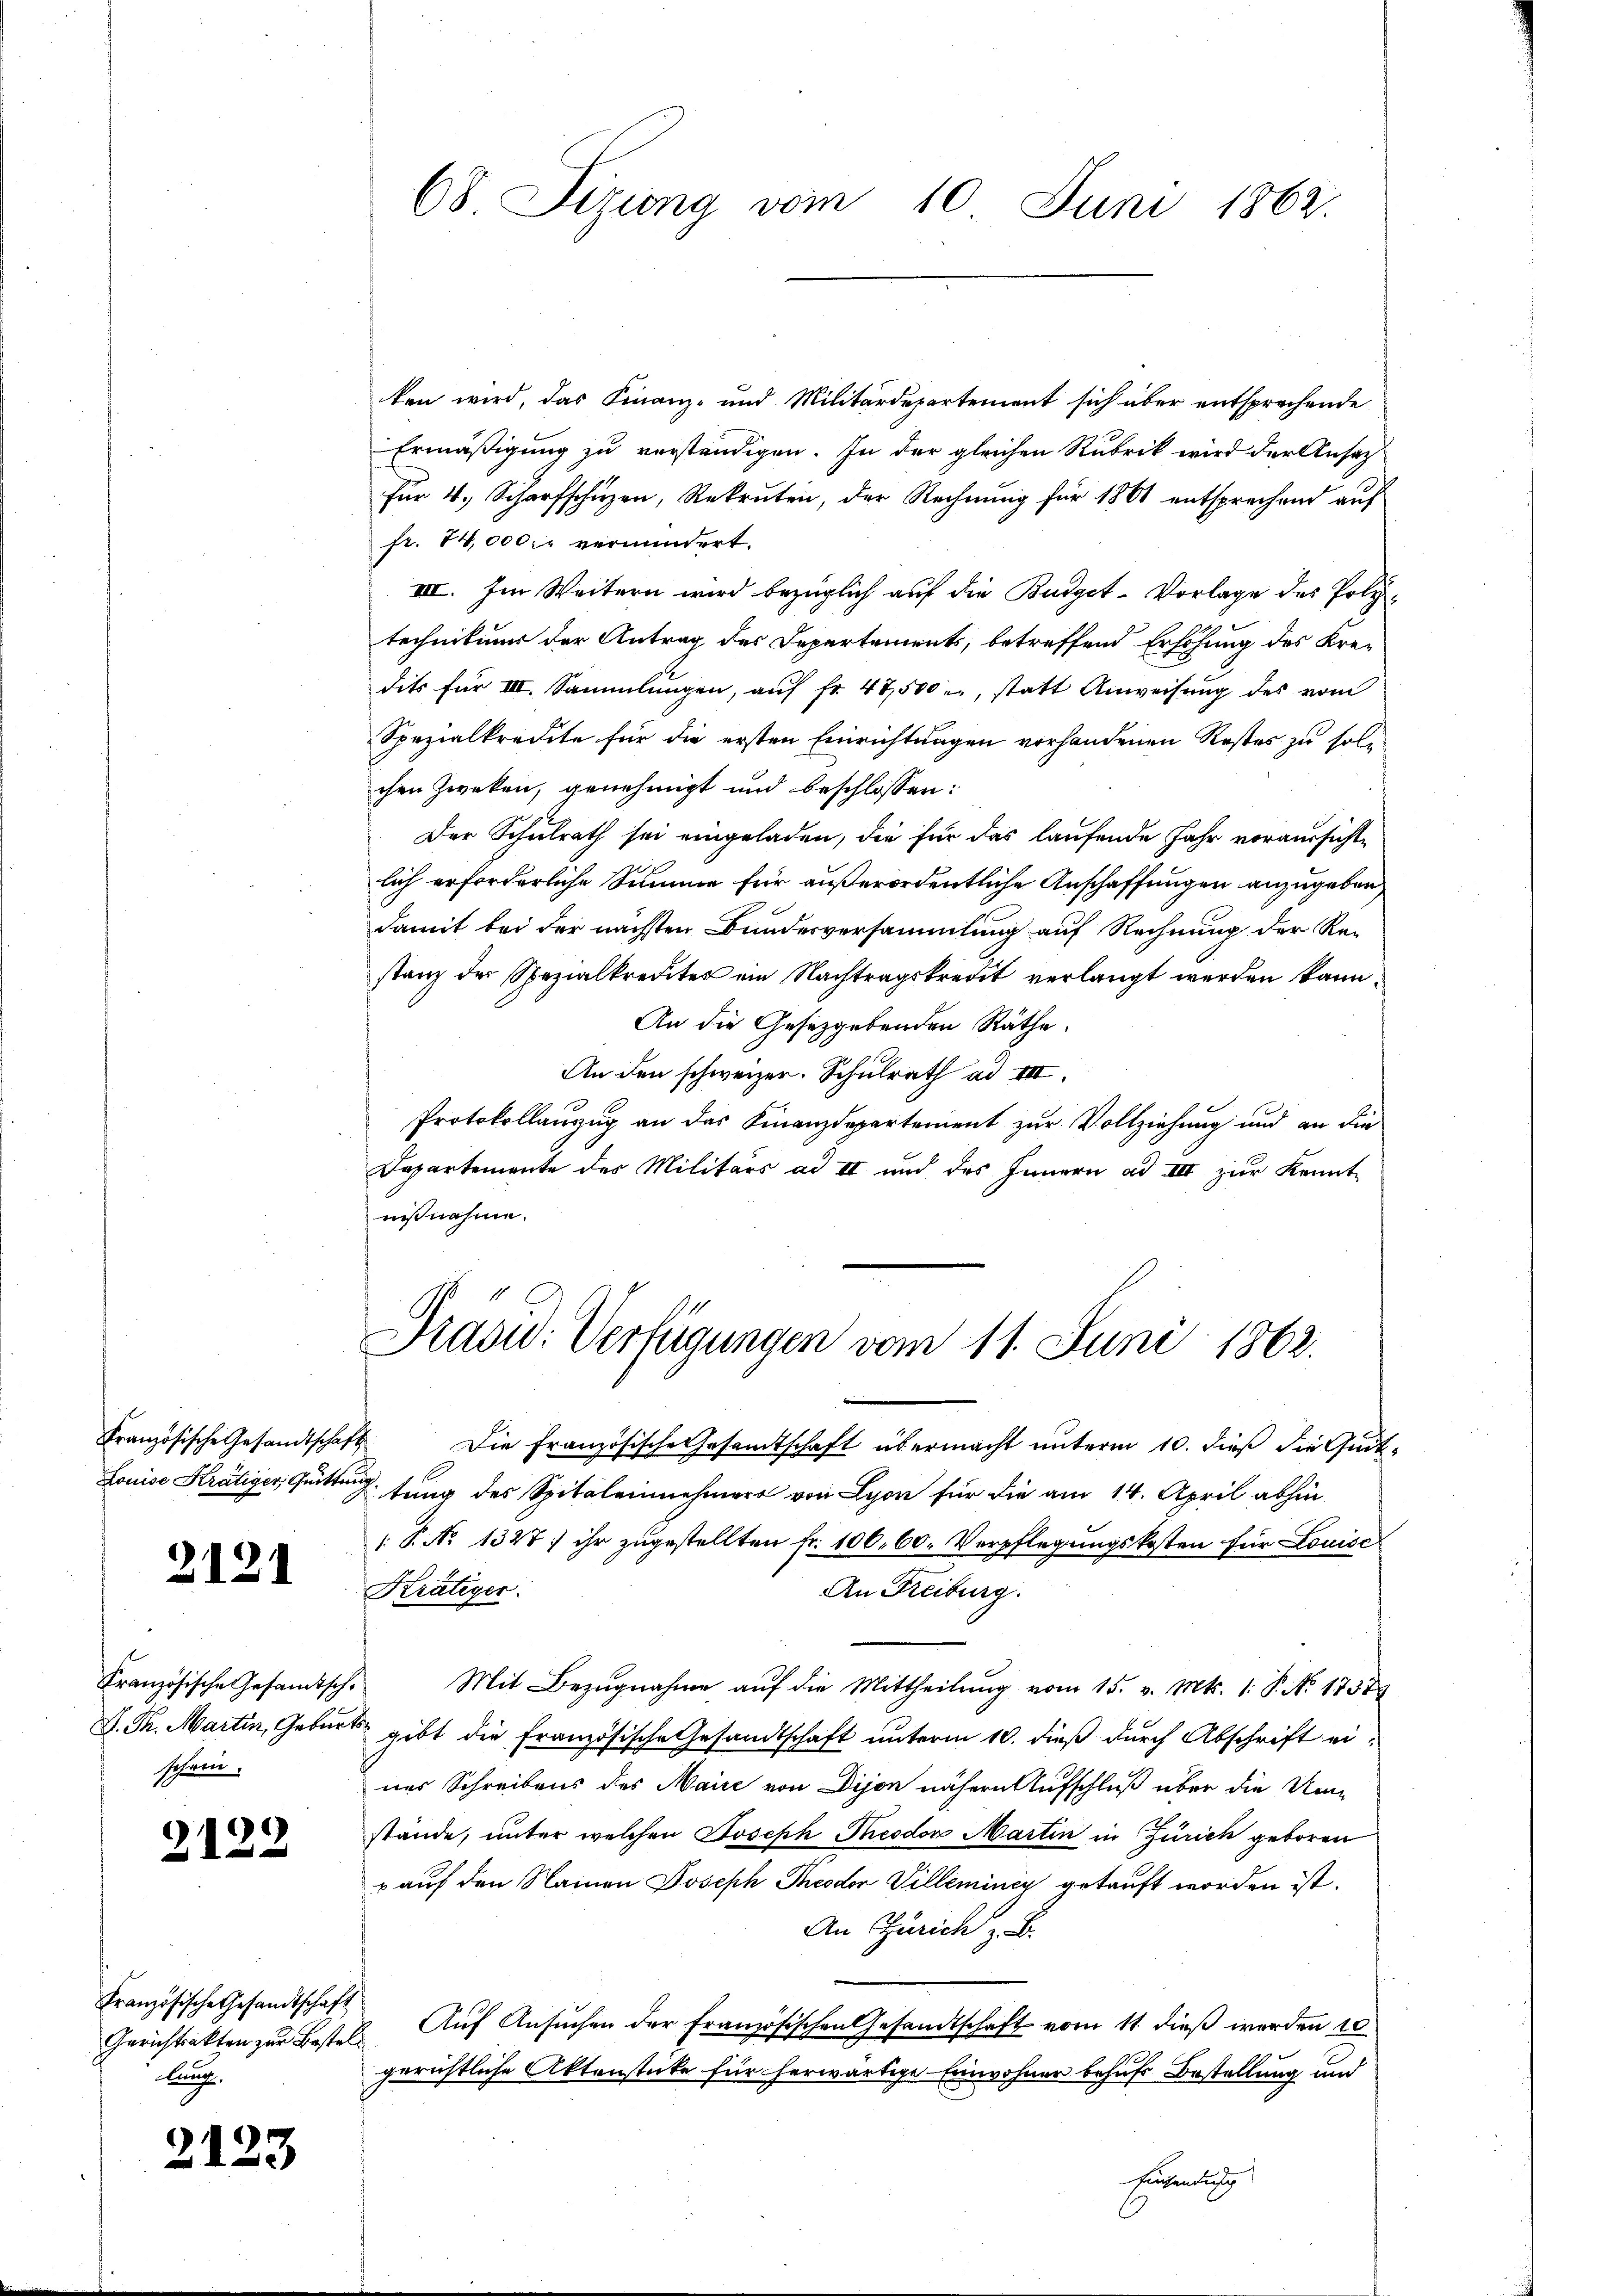
Französische Gesandtschaft
Louise Krätiger, Quitten

2121

Französische Gesamtsch.
D. Pr. Martin, Gebur
schnen.

2122

Französische Gesandtschaft
Gerichtsakten zur Bestellaug.

2123

68 Sizung vom 10. Juni 1862.

ten wird, das Finanz- und Militärdepartement sich über entsprechende
Ermäßigung zu verständigen. In der gleichen Rubrik wird der Ansatz
für 4. Scharfschüzen, Rekruten, der Rechnung für 1861 entsprechend auf
fr. 74,000 vermindert.
III. Im Weitern wird bezüglich auf die Budget-Vorlage des Poly-
technikum der Antrag des Departements, betreffend Erhöhung des Kredits für VIII. Sammlungen, aŭf fr. 47,500 l., statt Anweisung des vom
Spezialkredite für die ersten Einrichtungen vorhandenen Restes zu solchen Zweken, genehmigt und beschlossen:
Der Schulrath sei eingeladen, die für das laufende Jahr voraussichte
lich erforderliche Summe für außerordentliche Anschaffungen anzugeben,
damit bei der nächsten Bundesversammlung auf Rechnung der Re-
stanz der Spezialkredites ein Nachtragskredit verlangt werden kann.
An die Gesetzgebenden Räthe.
An den schweizer. Schulrath ad III.
Protokollanzug an das Finanzdepartement zur Vollziehung und an die
Departemente des Militärs ad II und des Innern ad III zur Kenntnißnahme.
Präsid. Verfügungen vom 11. Juni 1862.
 Die Französische Gesamtschaft übermacht unterm 10. dieß die Quit-
tung des Spitaleinnehmer von Lyon für die am 14. April abhin
 P. No 1327) ihr zugestellten Fr. 100. 60. Verpflegungskosten für Louise
Krätiger.
An Freiburg.
Mit Bezugnahme auf die Mittheilung vom 15. v. Mts. 1. P. No. 1737
 gibt die Französische Gesandtschaft unterm 10. dieß durch Abschrift eines Schreibens des Maire von Dijon nähern Aufschluß über die Umstande, unter welchen Joseph Theodor Martin in Zürich geboren
u auf den Namen Joseph Theodor Villemincy getauft worden ist.
An Zürich z. B.
Auf Ansuchen der Französischen Gesandtschaft vom 11. dieß werden 10
gerichtliche Aktenstücke für herwärtige Einwohner behufs Bestellung und
Einsendung